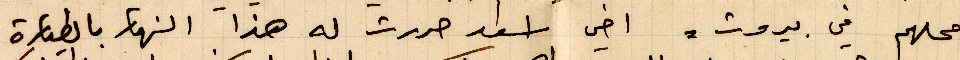
محلهم في بيروت. اخي اسعد حررت له هذا النهار بالطيارة